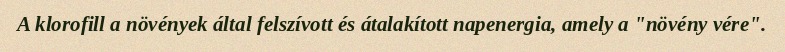
A klorofill a növények által felszívott és átalakított napenergia, amely a "növény vére".